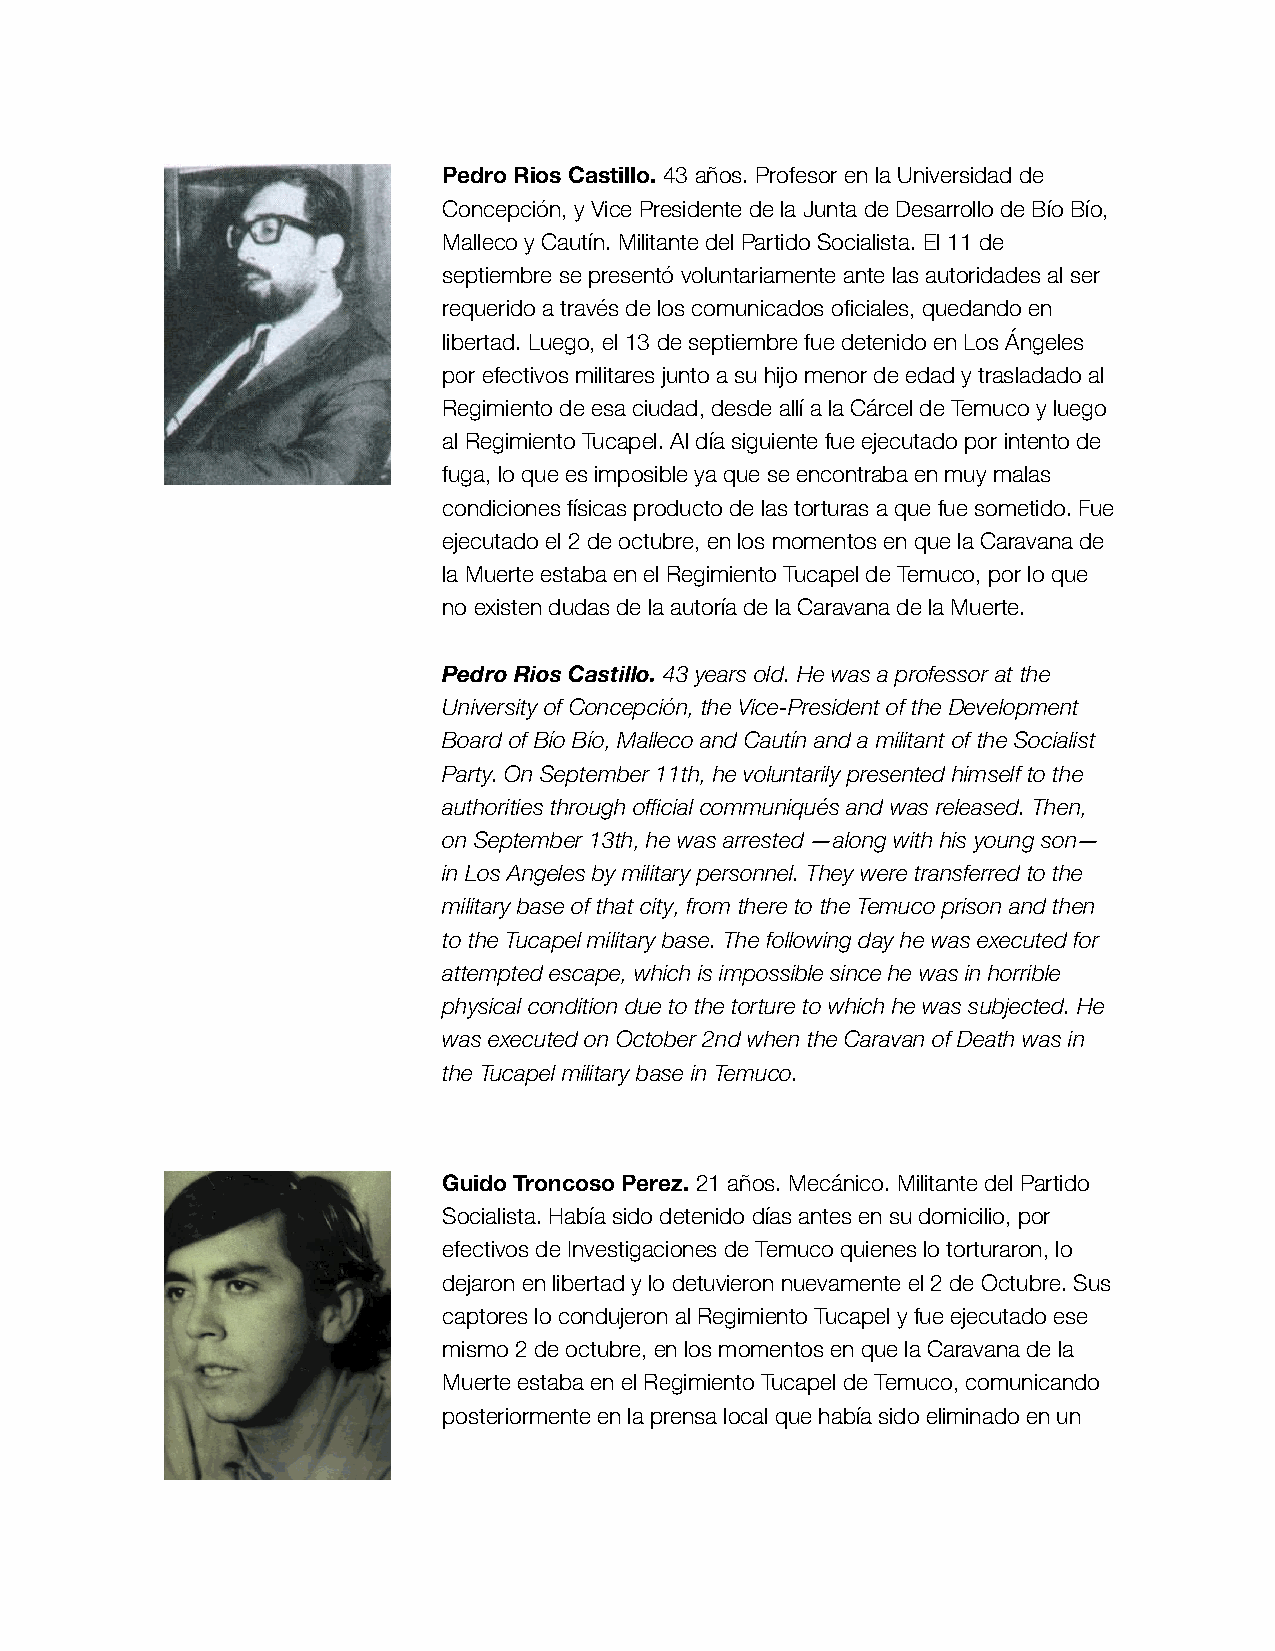
Pedro Rios Castillo. 43 años. Profesor en la Universidad de
 Concepción, y Vice Presidente de la Junta de Desarrollo de Bío Bío,
 Malleco y Cautín. Militante del Partido Socialista. El 11 de
 septiembre se presentó voluntariamente ante las autoridades al ser
 requerido a través de los comunicados oficiales, quedando en
 libertad. Luego, el 13 de septiembre fue detenido en Los Ángeles
 por efectivos militares junto a su hijo menor de edad y trasladado al
 Regimiento de esa ciudad, desde allí a la Cárcel de Temuco y luego
 al Regimiento Tucapel. Al día siguiente fue ejecutado por intento de
 fuga, lo que es imposible ya que se encontraba en muy malas
 condiciones físicas producto de las torturas a que fue sometido. Fue
 ejecutado el 2 de octubre, en los momentos en que la Caravana de
 la Muerte estaba en el Regimiento Tucapel de Temuco, por lo que
 no existen dudas de la autoría de la Caravana de la Muerte.
 Pedro Rios Castillo. 43 years old. He was a professor at the
 University of Concepción, the Vice-President of the Development
 Board of Bío Bío, Malleco and Cautín and a militant of the Socialist
 Party. On September 11th, he voluntarily presented himself to the
 authorities through official communiqués and was released. Then,
 on September 13th, he was arrested —along with his young son—
 in Los Angeles by military personnel. They were transferred to the
 military base of that city, from there to the Temuco prison and then
 to the Tucapel military base. The following day he was executed for
 attempted escape, which is impossible since he was in horrible
 physical condition due to the torture to which he was subjected. He
 was executed on October 2nd when the Caravan of Death was in
 the Tucapel military base in Temuco.
 Guido Troncoso Perez. 21 años. Mecánico. Militante del Partido
 Socialista. Había sido detenido días antes en su domicilio, por
 efectivos de Investigaciones de Temuco quienes lo torturaron, lo
 dejaron en libertad y lo detuvieron nuevamente el 2 de Octubre. Sus
 captores lo condujeron al Regimiento Tucapel y fue ejecutado ese
 mismo 2 de octubre, en los momentos en que la Caravana de la
 Muerte estaba en el Regimiento Tucapel de Temuco, comunicando
 posteriormente en la prensa local que había sido eliminado en un